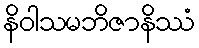
နိဝါသမဘိဇာနိဿံ